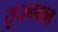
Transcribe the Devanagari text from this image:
सृजनकाल